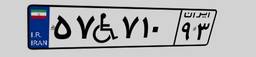
۲۳W۰۴۰۳۱